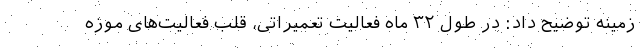
زمینه توضیح داد: در طول ۳۲ ماه فعالیت تعمیراتی، قلب فعالیت‌های موزه